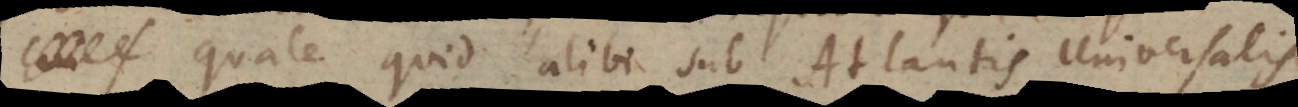
quale quid alibi sub Atlantis Universalis